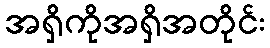
အရှိကိုအရှိအတိုင်း